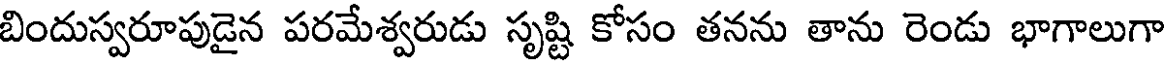
బిందుస్వరూపుడైన పరమేశ్వరుడు సృష్టి కోసం తనను తాను రెండు భాగాలుగా